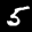
Label: 5